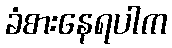
ခံစားနေရပါက